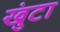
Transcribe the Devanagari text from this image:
खुंटा